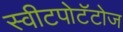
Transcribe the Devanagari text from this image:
स्वीटपोटॅटोज